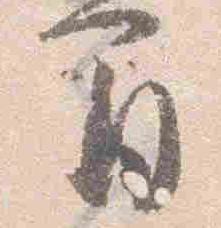
間